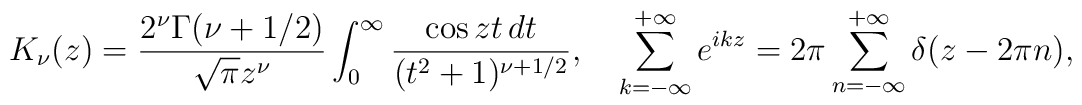
K_\nu (z)=\frac{2^\nu \Gamma (\nu +1/2)}{\sqrt{\pi }z^\nu }\int_{0}^{\infty }{\frac{\cos zt\, dt}{(t^2+1)^{\nu +1/2}}},\quad \sum_{k=-\infty }^{+\infty }e^{ikz}=2\pi \sum_{n=-\infty }^{+\infty }\delta (z-2\pi n),